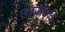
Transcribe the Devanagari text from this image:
एलजीयर्स